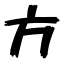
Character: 方